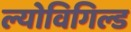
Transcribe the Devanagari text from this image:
ल्योविगिल्ड